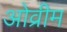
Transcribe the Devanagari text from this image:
ओव्रीम